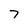
Character: 7